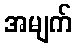
အမျက်